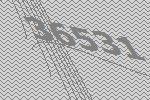
36531